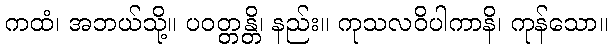
ကထံ၊ အဘယ်သို့။ ပဝတ္တန္တိ၊ နည်း။ ကုသလဝိပါကာနိ၊ ကုန်သော။